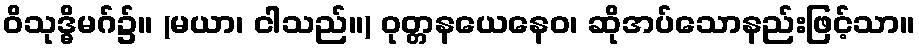
ဝိသုဒ္ဓိမဂ်၌။ (မယာ၊ ငါသည်။) ဝုတ္တနယေနေဝ၊ ဆိုအပ်သောနည်းဖြင့်သာ။